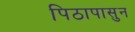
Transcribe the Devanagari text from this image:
पिठापासुन